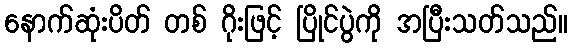
နောက်ဆုံးပိတ် တစ် ဂိုးဖြင့် ပြိုင်ပွဲကို အပြီးသတ်သည်။